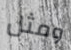
ومثل